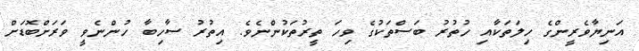
އަނިޔާވެރީންގެ ހިލަތަކާއި ހުތުރު ބަސްތަކުގެ ވިހަ ތީރުތަކުންނެވެ. އިތުރު ސާހިބާ ހުންނެވީ ވަރަށްބޮޑަށް